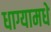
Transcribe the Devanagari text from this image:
धाग्यामधे